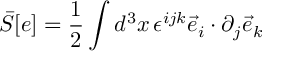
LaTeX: { \bar { S } } [ e ] = \frac { 1 } { 2 } \int d ^ { 3 } x \, \epsilon ^ { i j k } { \vec { e } } _ { i } \cdot \partial _ { j } { \vec { e } } _ { k }